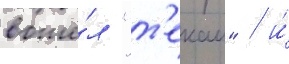
вошё́л "т'екаи" / и́